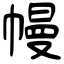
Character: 幔